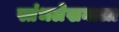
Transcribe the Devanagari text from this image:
स्तंभलेखनाला